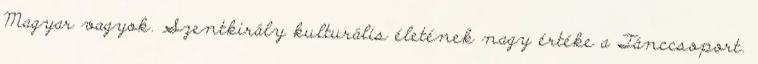
Magyar vagyok. Szentkirály kulturális életének nagy értéke a Tánccsoport.